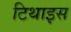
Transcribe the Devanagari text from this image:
टिथाइस